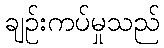
ချဉ်းကပ်မှုသည်